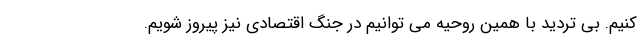
کنیم. بی تردید با همین روحیه می توانیم در جنگ اقتصادی نیز پیروز شویم.